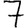
Digit: 7